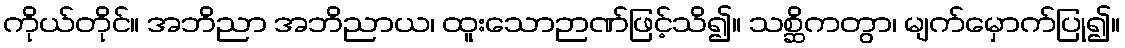
ကိုယ်တိုင်။ အဘိညာ အဘိညာယ၊ ထူးသောဉာဏ်ဖြင့်သိ၍။ သစ္ဆိကတွာ၊ မျက်မှောက်ပြု၍။